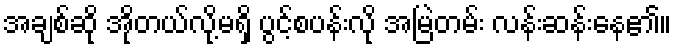
အချစ်ဆို အိုတယ်လို့မရှိ ပွင့်စပန်းလို အမြဲတမ်း လန်းဆန်းနေ၏။